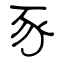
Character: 豕